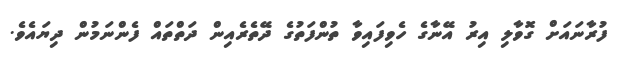
ފުރާނައަށް ގޮވާލި އިރު އޭނާގެ ހެވިފައިވާ ތުންފަތުގެ ދޭތެރެއިން ދަތްތައް ފެންނަމުން ދިޔައެވެ.